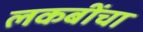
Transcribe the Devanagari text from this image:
लकबींचा